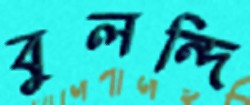
বুলন্দি